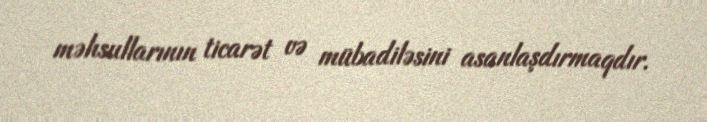
məhsullarının ticarət və mübadiləsini asanlaşdırmaqdır.